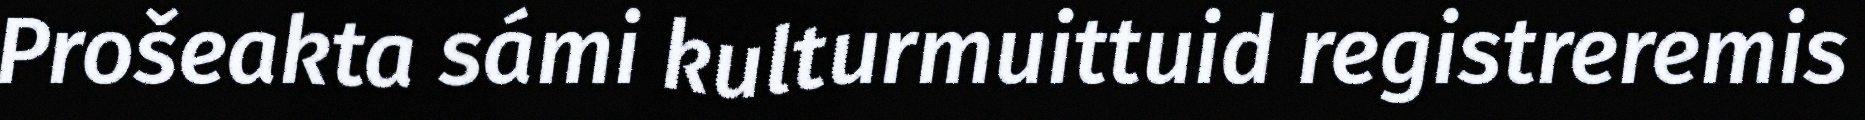
Prošeakta sámi kulturmuittuid registreremis